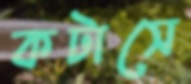
কটাসে